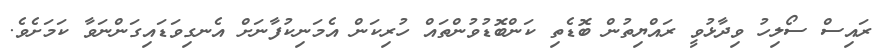
ރައިސް ސޯލިހު ވިދާޅުވީ ރައްޔިތުން ބޮޑެތި ކަންބޮޑުވުންތައް ހުރިކަން އެމަނިކުފާނަށް އެނގިވަޑައިގަންނަވާ ކަމަށެވެ.